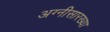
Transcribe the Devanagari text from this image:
अग्नीसारख्या